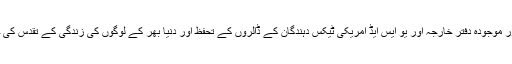
امریکی عوام کو یقین ہونا چاہیے کہ موجودہ انتظامیہ اور موجودہ دفتر خارجہ اور یو ایس ایڈ امریکی ٹیکس دہندگان کے ڈالروں کے تحفظ اور دنیا بھر کے لوگوں کی زندگی کے تقدس کی حفاظت اور احترام کے لیے ہرممکن کوشش کریں گے۔